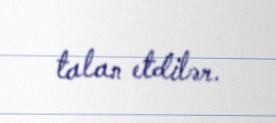
talan etdilər.